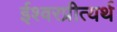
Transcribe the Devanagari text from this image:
ईश्वरप्रीत्यर्थ